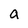
Character: a